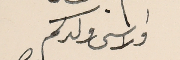
والاسى ولدكم